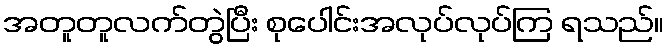
အတူတူလက်တွဲပြီး စုပေါင်းအလုပ်လုပ်ကြ ရသည်။